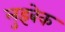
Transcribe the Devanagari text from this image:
लुइबेक